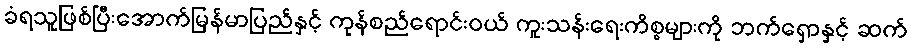
ခံရသူဖြစ်ပြီးအောက်မြန်မာပြည်နှင့် ကုန်စည်ရောင်းဝယ် ကူးသန်းရေးကိစ္စများကို ဘက်ရှောနှင့် ဆက်